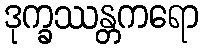
ဒုက္ခဿန္တကရော